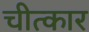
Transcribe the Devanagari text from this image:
चीत्‍कार